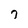
Character: 7